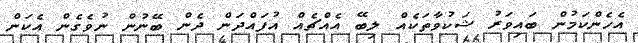
އެހެންކަމުން ބައިވަރު ޝަކުވާތަކެއް ލިބޭ އެއްޗެއް އުފައްދަން ދެން ބޭނުން ނުވެގެން އެކަން